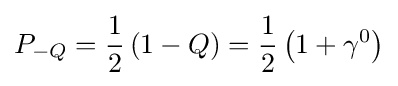
P_{-Q}={\frac {1}{2}}\left(1-Q\right)={\frac {1}{2}}\left(1+\gamma ^{0}\right)